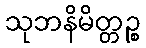
သုဘနိမိတ္တဉ္စ